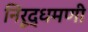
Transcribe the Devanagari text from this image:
निरूद्धमणी